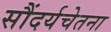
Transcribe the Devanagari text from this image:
सौंदर्यचेतना